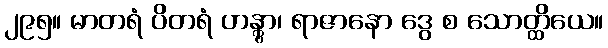
၂၉၅။ မာတရံ ပိတရံ ဟန္တွာ၊ ရာဇာနော ဒွေ စ သောတ္ထိယေ။